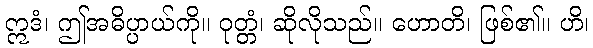
ဣဒံ၊ ဤအဓိပ္ပာယ်ကို။ ဝုတ္တံ၊ ဆိုလိုသည်။ ဟောတိ၊ ဖြစ်၏။ ဟိ၊